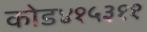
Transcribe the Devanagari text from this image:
कोड४१५३११